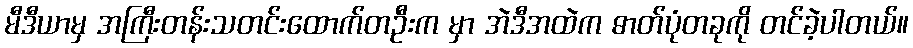
မီဒီယာမှ အကြီးတန်းသတင်းထောက်တဦးက မှာ အဲဒီအထဲက ဓာတ်ပုံတခုကို တင်ခဲ့ပါတယ်။